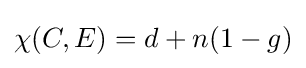
\chi (C,E)=d+n(1-g)